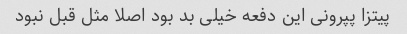
پیتزا پپرونی این دفعه خیلی بد بود اصلا مثل قبل نبود